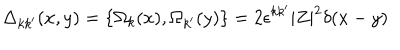
\Delta _ { k k ^ { \prime } } ( x , y ) = \{ \Omega _ { k } ( x ) , \Omega _ { k ^ { \prime } } ( y ) \} = 2 \epsilon ^ { k k ^ { \prime } } | Z | ^ { 2 } \delta ( x - y )